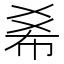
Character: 𢂞